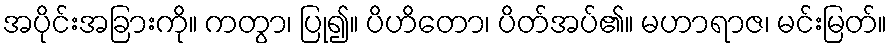
အပိုင်းအခြားကို။ ကတွာ၊ ပြု၍။ ပိဟိတော၊ ပိတ်အပ်၏။ မဟာရာဇ၊ မင်းမြတ်။